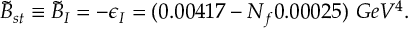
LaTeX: \tilde { B } _ { s t } \equiv \tilde { B } _ { I } = - \epsilon _ { I } = ( 0 . 0 0 4 1 7 - N _ { f } 0 . 0 0 0 2 5 ) \ G e V ^ { 4 } .